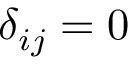
{ { \delta } _ { i j } } = 0